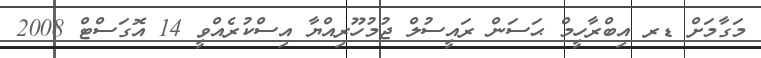
މަގާމަށް ޑރ އިބްރާހީމް ޙަސަން ރައީސުލް ޖުމުހޫރިއްޔާ އިސްކުރެއްވީ 14 އޮގަސްޓް 2008